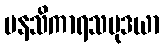
မနသိကာရသမုဒယာ